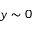
y \sim 0